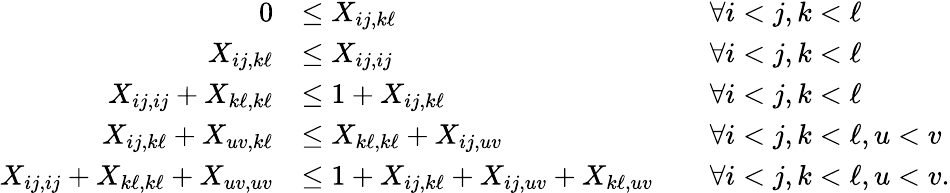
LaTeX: \begin{array}{rlrl}{0}&{\leq X_{ij,k\ell}}&&{\forall i<j,k<\ell}\\ {X_{ij,k\ell}}&{\leq X_{ij,ij}}&&{\forall i<j,k<\ell}\\ {X_{ij,ij}+X_{k\ell,k\ell}}&{\leq 1+X_{ij,k\ell}}&&{\forall i<j,k<\ell}\\ {X_{ij,k\ell}+X_{uv,k\ell}}&{\leq X_{k\ell,k\ell}+X_{ij,uv}}&&{\forall i<j,k<\ell,u<v}\\ {X_{ij,ij}+X_{k\ell,k\ell}+X_{uv,uv}}&{\leq 1+X_{ij,k\ell}+X_{ij,uv}+X_{k\ell,uv}}&&{\forall i<j,k<\ell,u<v.}\end{array}